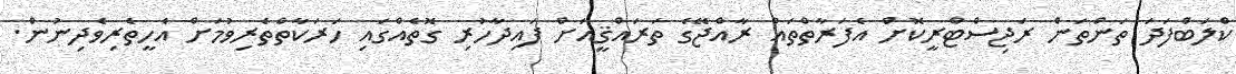
ކްލަބްފަދަ ތަންތަން ރަޖިސްޓްރީކޮށް އެފަރާތްތައް ރާއްޖޭގެ ތަރައްޤީއަށް ފައިދާހުރި ގޮތެއްގައި ހަރަކާތްތެރިވުމަށް އެހީތެރިވެދިނުން.